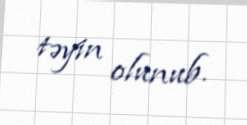
təyin olunub.